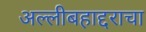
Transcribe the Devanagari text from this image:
अल्लीबहाद्दराचा